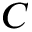
C